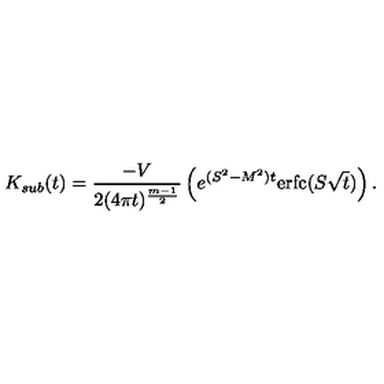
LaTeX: K _ { s u b } ( t ) = \frac { - V } { 2 ( 4 \pi t ) ^ { \frac { m - 1 } 2 } } \left( e ^ { ( S ^ { 2 } - M ^ { 2 } ) t } \mathrm { e r f c } ( S \sqrt t ) \right) .